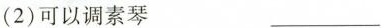
(2)可以调素琴___